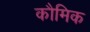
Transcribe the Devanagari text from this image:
कौमिक